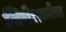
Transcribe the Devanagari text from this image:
निषेधानेच